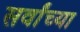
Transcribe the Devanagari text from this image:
सर्वांच्‍या